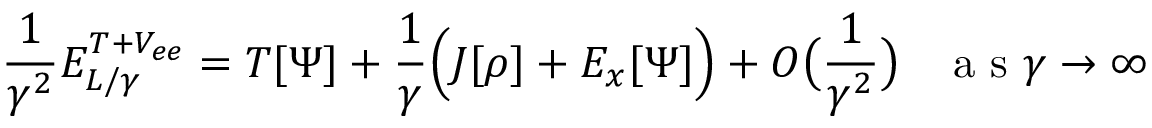
\frac { 1 } { \gamma ^ { 2 } } E _ { L / \gamma } ^ { T + V _ { e e } } = T [ \Psi ] + \frac { 1 } { \gamma } \Bigl ( J [ \rho ] + E _ { x } [ \Psi ] \Bigr ) + O \bigl ( \frac { 1 } { \gamma ^ { 2 } } \bigr ) \; \; \; \mathrm { ~ a ~ s ~ } \gamma \to \infty